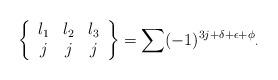
LaTeX: \begin{align*}\left\{\begin{array}[c]{ccc}l_{1} & l_{2} & l_{3}\\j & j & j\end{array}\right\} =\sum(-1)^{3j+\delta+\epsilon+\phi}{}_{\cdot} \end{align*}